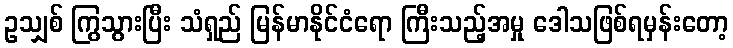
ဥသျှစ် ကြွသွားပြီး သံရှည် မြန်မာနိုင်ငံရော ကြီးသည့်အမှု ဒေါသဖြစ်ရမှန်းတော့